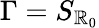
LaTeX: \Gamma=S_{\mathbb{R}_{0}}